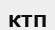
КТП